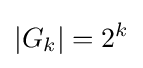
|G_{k}|=2^{k}